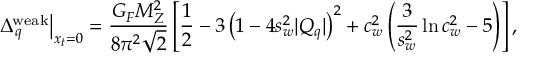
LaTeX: G ( x , y ; \varphi ) = e ^ { - e \gamma _ { 5 } [ \varphi ( x ) - \varphi ( y ) ] } \; G ^ { 0 } ( x - y ) =